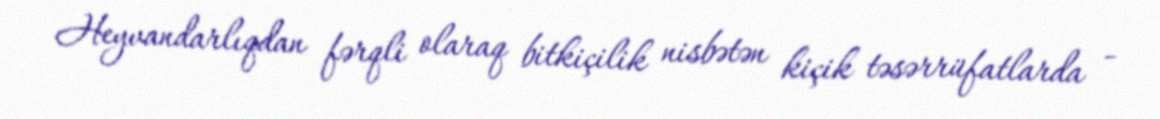
Heyvandarlıqdan fərqli olaraq bitkiçilik nisbətən kiçik təsərrüfatlarda -